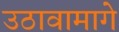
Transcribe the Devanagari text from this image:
उठावामागे